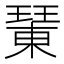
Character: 𤩘